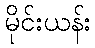
မိုင်းယန်း